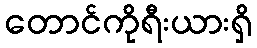
တောင်ကိုရီးယားရှိ